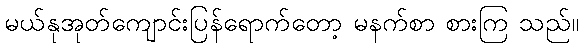
မယ်နုအုတ်ကျောင်းပြန်ရောက်တော့ မနက်စာ စားကြ သည်။